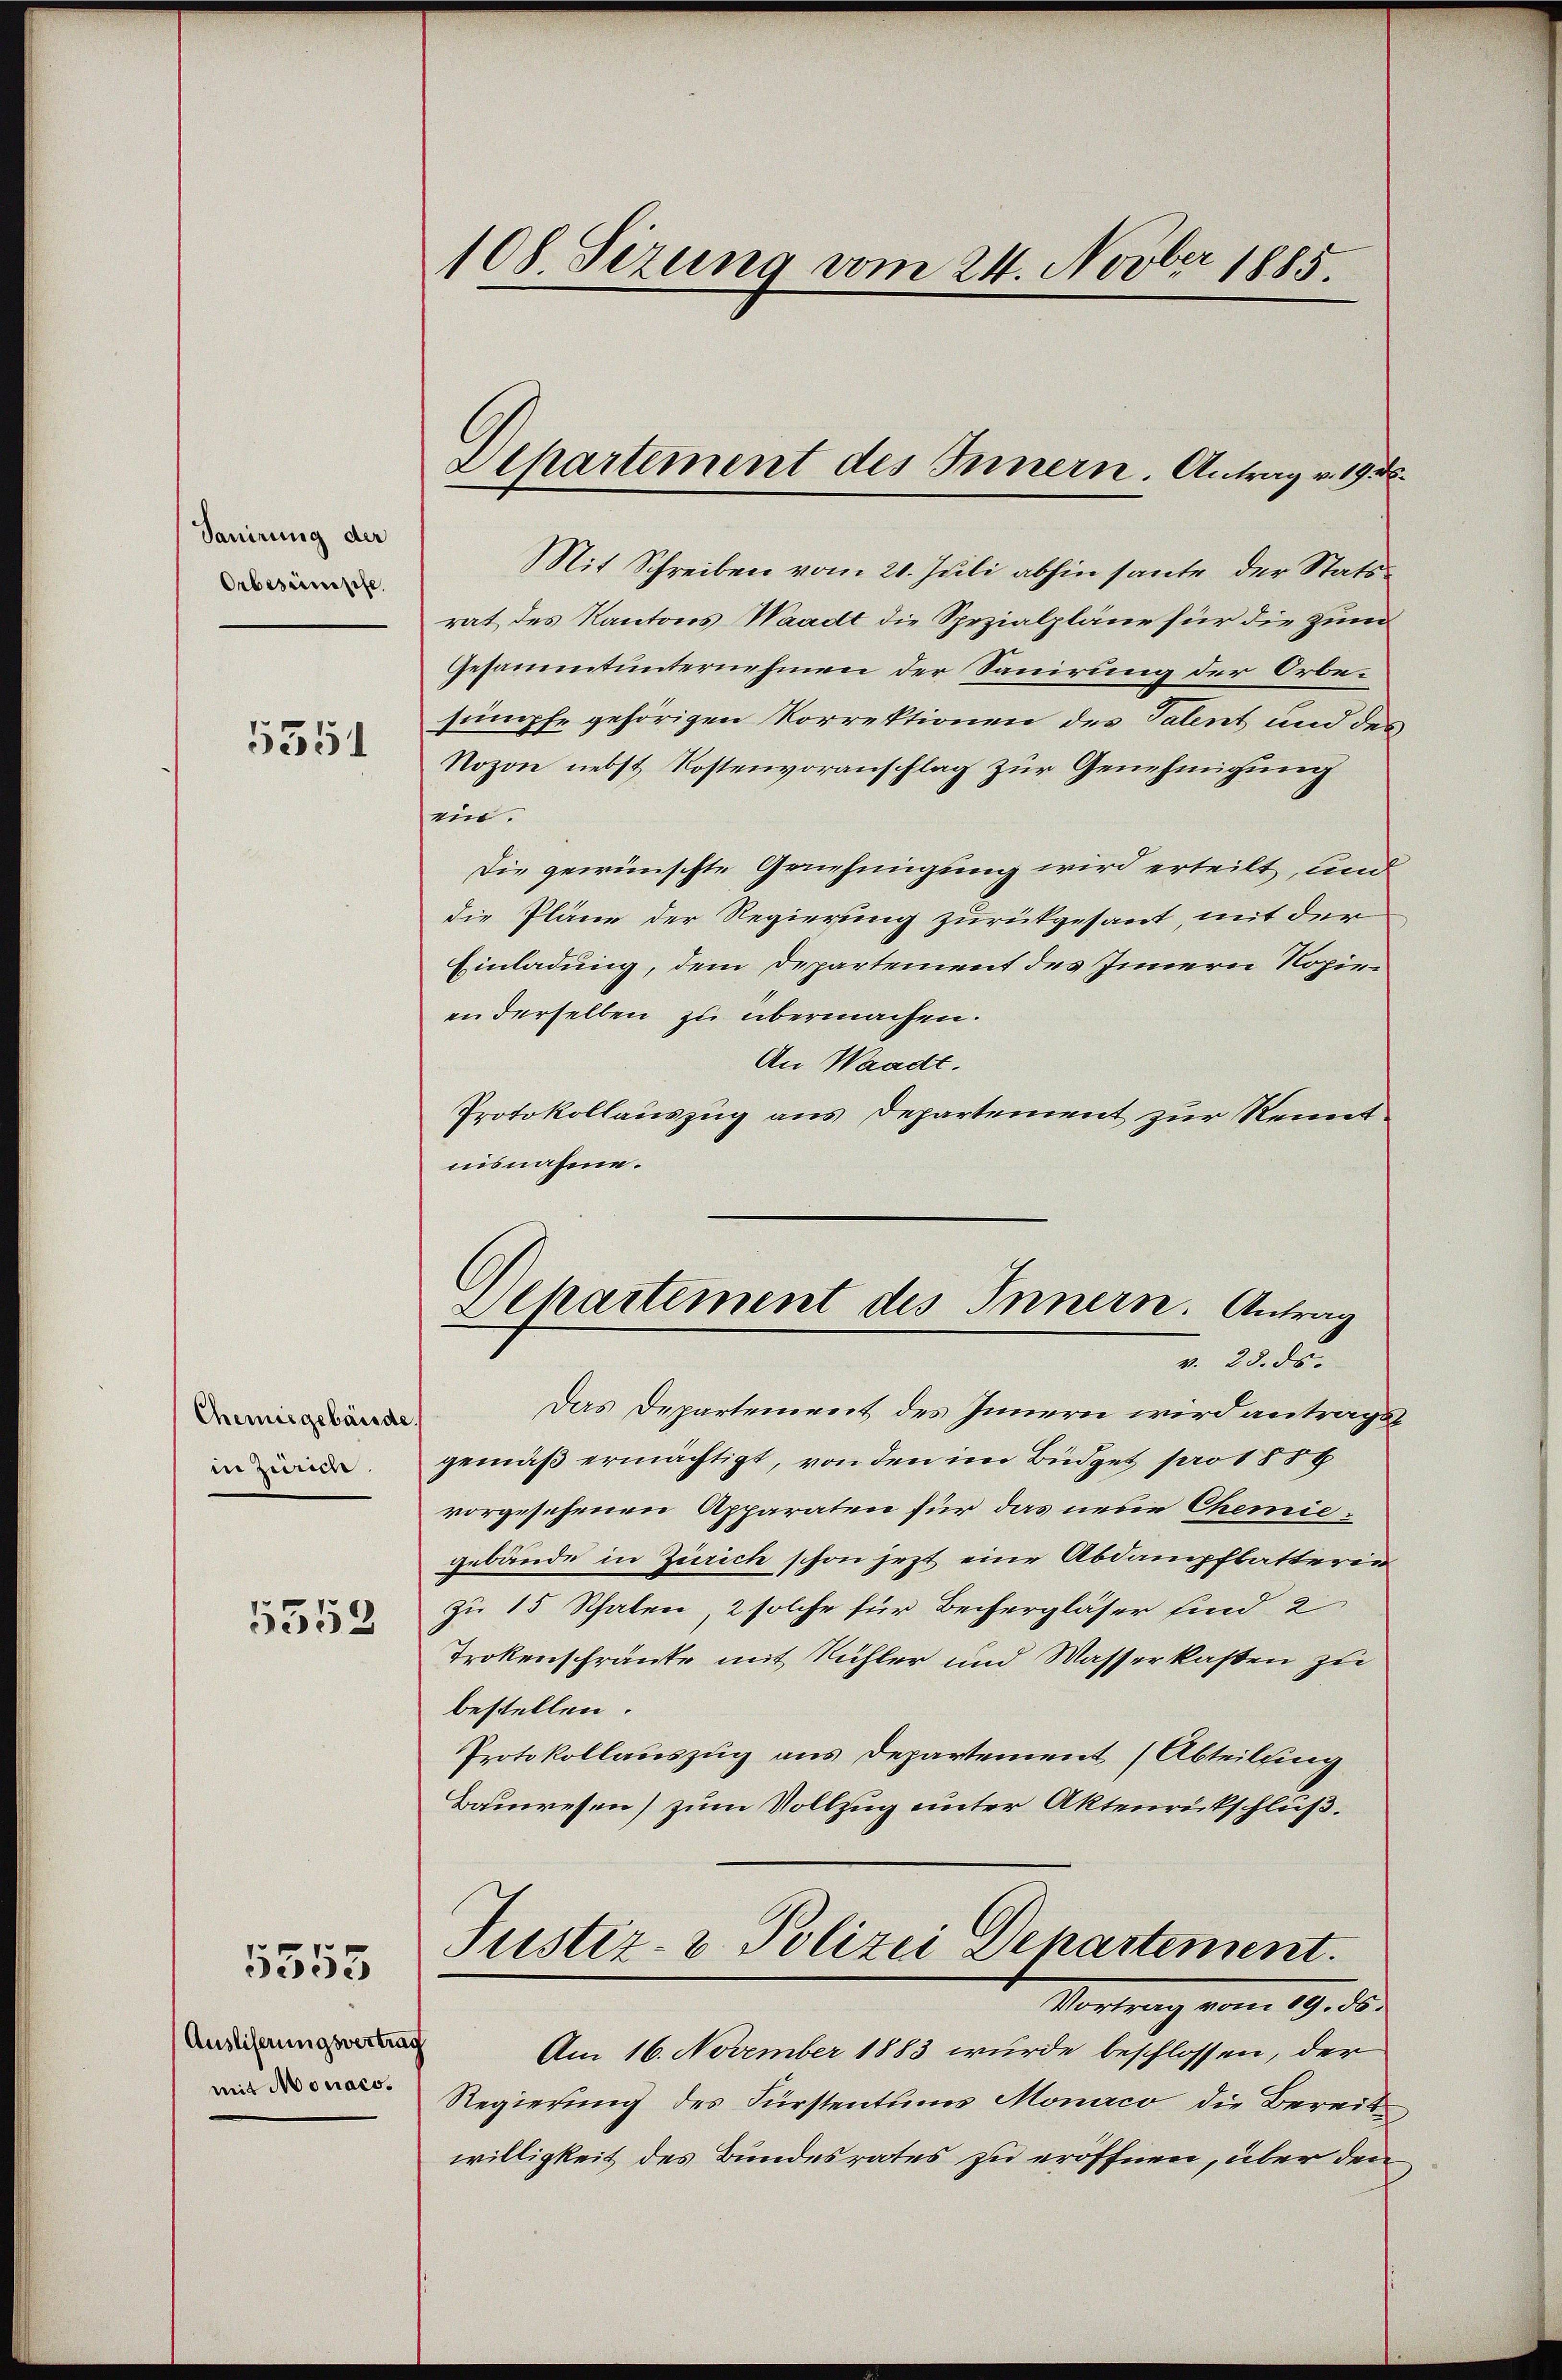
Tanirung der
Orbesumpfe

5351

Chemisgebäude
in zum

5353

5355

Ausliferungsvertrag
mit Monaco

108 Sizung vom 24. Novber 1885

Mit Schreiben vom 21. Juli abhin heute der Statsrat des Kantons Waadt die Spezialpläne für die zum
Gesammtunternehmen der Sanirung der Orbesümpfe gehörigen Korrektionen des Talent und des
Nozon nebst Kostenvoranschlag zur Genehmigung
ein.
Die gewünschte Genehmigung wird erteilt, und
die Pläne der Regierung zurükgesant, mit der
Einladung, dem Departement des Innern Kopiein derselben zu übermachen.
An Waadt.
Protokollauszug aus Departement zur Renntuisnahme.

Lipartement des Innern. Antrag v. 19. d.

Departement des Innern. Antrag
v. 23. ds.

Das Departement des Innern wird antragsgemäß ermächtigt, von den im Büdget pro 1886
vorgesehenen Apparaten für das neue Chemiegebäude in Zürich schon jezt eine Abdampfbatterin
zu 15 Schalen, 2 solche für Bechergläser sind 2
Trokenschränke mit Rühler und Wasserkasten zu
bestellen.
Protokollauszug aus Departement (Abteilung
Bauwesen) zum Vollzug unter Aktenrückschließ.
Justiz- & Polizei Departement.
Vortrag vom 19. d.
Am 16. November 1883 wurde beschlossen, der
Regierung des Fürstentums Monaco die Bereit
willigkeit des Bundesrates zu eröffnen, über den